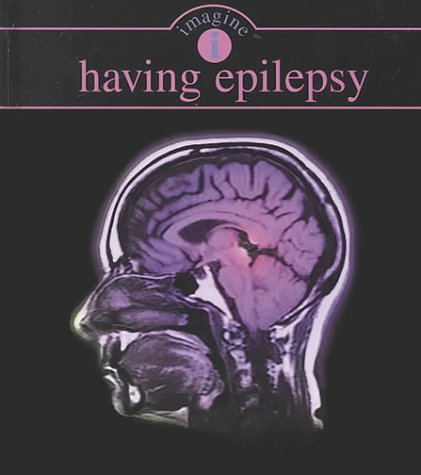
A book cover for Imagine Having Epilepsy (Imagine (Rourke)); Linda O'Neill; Health, Fitness & Dieting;